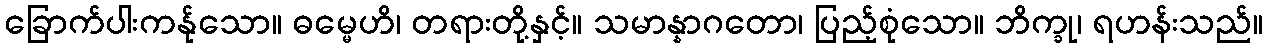
ခြောက်ပါးကန်ုသော။ ဓမ္မေဟိ၊ တရားတို့နှင့်။ သမာန္နာဂတော၊ ပြည့်စုံသော။ ဘိက္ခု၊ ရဟန်းသည်။